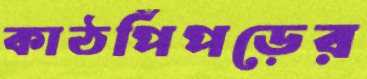
কাঠপিঁপড়ের